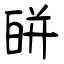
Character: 皏